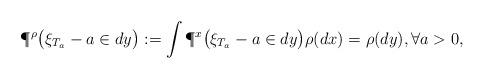
LaTeX: \begin{align*} \P^{\rho}\big( \xi_{T_a}-a\in dy\big):=\int \P^{x}\big( \xi_{T_a}-a\in dy\big)\rho(dx)=\rho(dy),\forall a>0,\end{align*}